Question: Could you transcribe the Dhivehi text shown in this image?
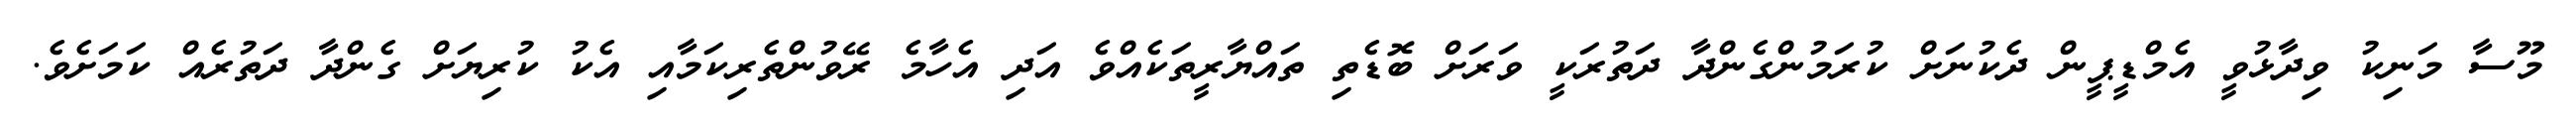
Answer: މޫސާ މަނިކު ވިދާޅުވީ އެމްޑީޕީން ދެކުނަށް ކުރަމުންގެންދާ ދަތުރަކީ ވަރަށް ބޮޑެތި ތައްޔާރީތަކެއްވެ އަދި އެހާމެ ރޭވުންތެރިކަމާއި އެކު ކުރިޔަށް ގެންދާ ދަތުރެއް ކަމަށެވެ.